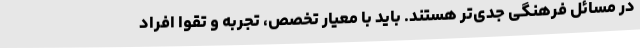
در مسائل فرهنگی جدی‌تر هستند. باید با معیار تخصص، تجربه و تقوا افراد